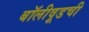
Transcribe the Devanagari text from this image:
बॉलीवूडची